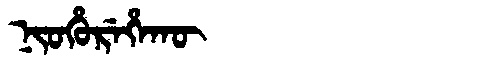
Manchu: ᠨᡳᠣᡥᡠᡵᡝᡥᠠᡴᡡ
Romanization: NIOHUREHAKŪ